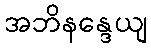
အဘိနန္ဒေယျ